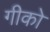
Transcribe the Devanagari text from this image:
गीको